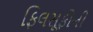
ફિલસૂફોની